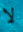
لا